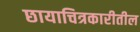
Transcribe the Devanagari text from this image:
छायाचित्रकारीतील